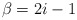
\begin{align*}\beta=2i-1\end{align*}